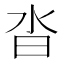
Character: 沓